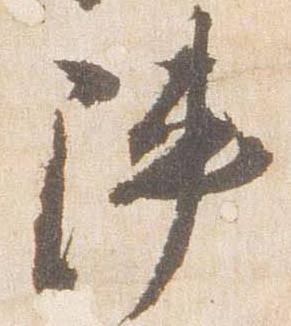
陣